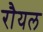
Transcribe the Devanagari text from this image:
रौयल